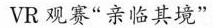
VR观赛“亲临其境”